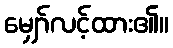
မျှော်လင့်ထား၏။